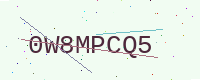
Text: 0W8MPCQ5